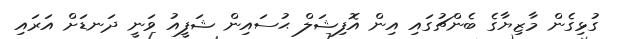
ގުޅިގެން މާޒިޔާގެ ބެންޗުގައި އިން އޮފިޝަލް ޙުސައިން ޝަފީއު ވަނީ ދަނޑަށް އަރައި